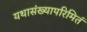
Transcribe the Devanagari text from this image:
यथासंख्यापरिमितं